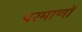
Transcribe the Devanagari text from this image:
परमाणों